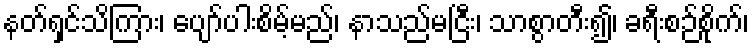
နတ်ရှင်သိကြား၊ ပျော်ပါးစိမ့်မည်၊ နာသည်မငြီး၊ သာစွာတီး၍၊ ခရီးစဉ်စိုက်၊